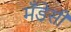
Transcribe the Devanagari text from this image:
मँडेसी